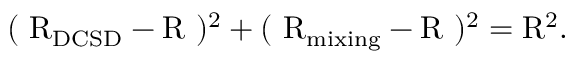
( ~ \mathrm { R } _ { \mathrm { D C S D } } - \mathrm { R } ~ ) ^ { 2 } + ( ~ \mathrm { R } _ { \mathrm { m i x i n g } } - \mathrm { R } ~ ) ^ { 2 } = \mathrm { R } ^ { 2 } .